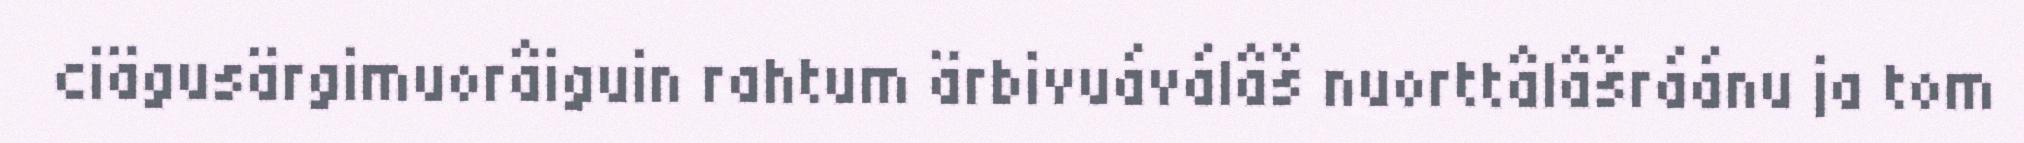
ciägusärgimuorâiguin rahtum ärbivuáválâš nuorttâlâšráánu ja tom